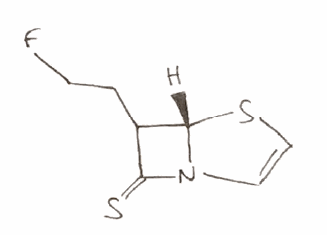
Simplified molecular-input line-entry system (SMILES) notation of the given molecule:
C1=CS[C@@H]2N1C(=S)C2CCF